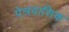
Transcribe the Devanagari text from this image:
पेत्रवासिक